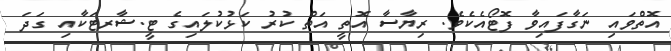
އޮތްވައި ނަގާފައިވާ ފޮޓޯއެކެވެ. ރިޔާސާ އޮތީ އަތް ކުރު ކަޅުކުލައިގެ ޓީ.ޝާރޓަކާއި ގަދަ